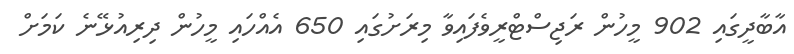
އާބާދީގައި 902 މީހުން ރަޖިސްޓްރީވެފައިވާ މިރަށުގައި 650 އެއްހައި މީހުން ދިރިއުޅޭނެ ކަމަށް